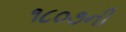
૧૮૦૭ની